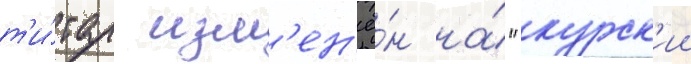
т'и́тул изм'ен'ё́н на́ "курск'ии